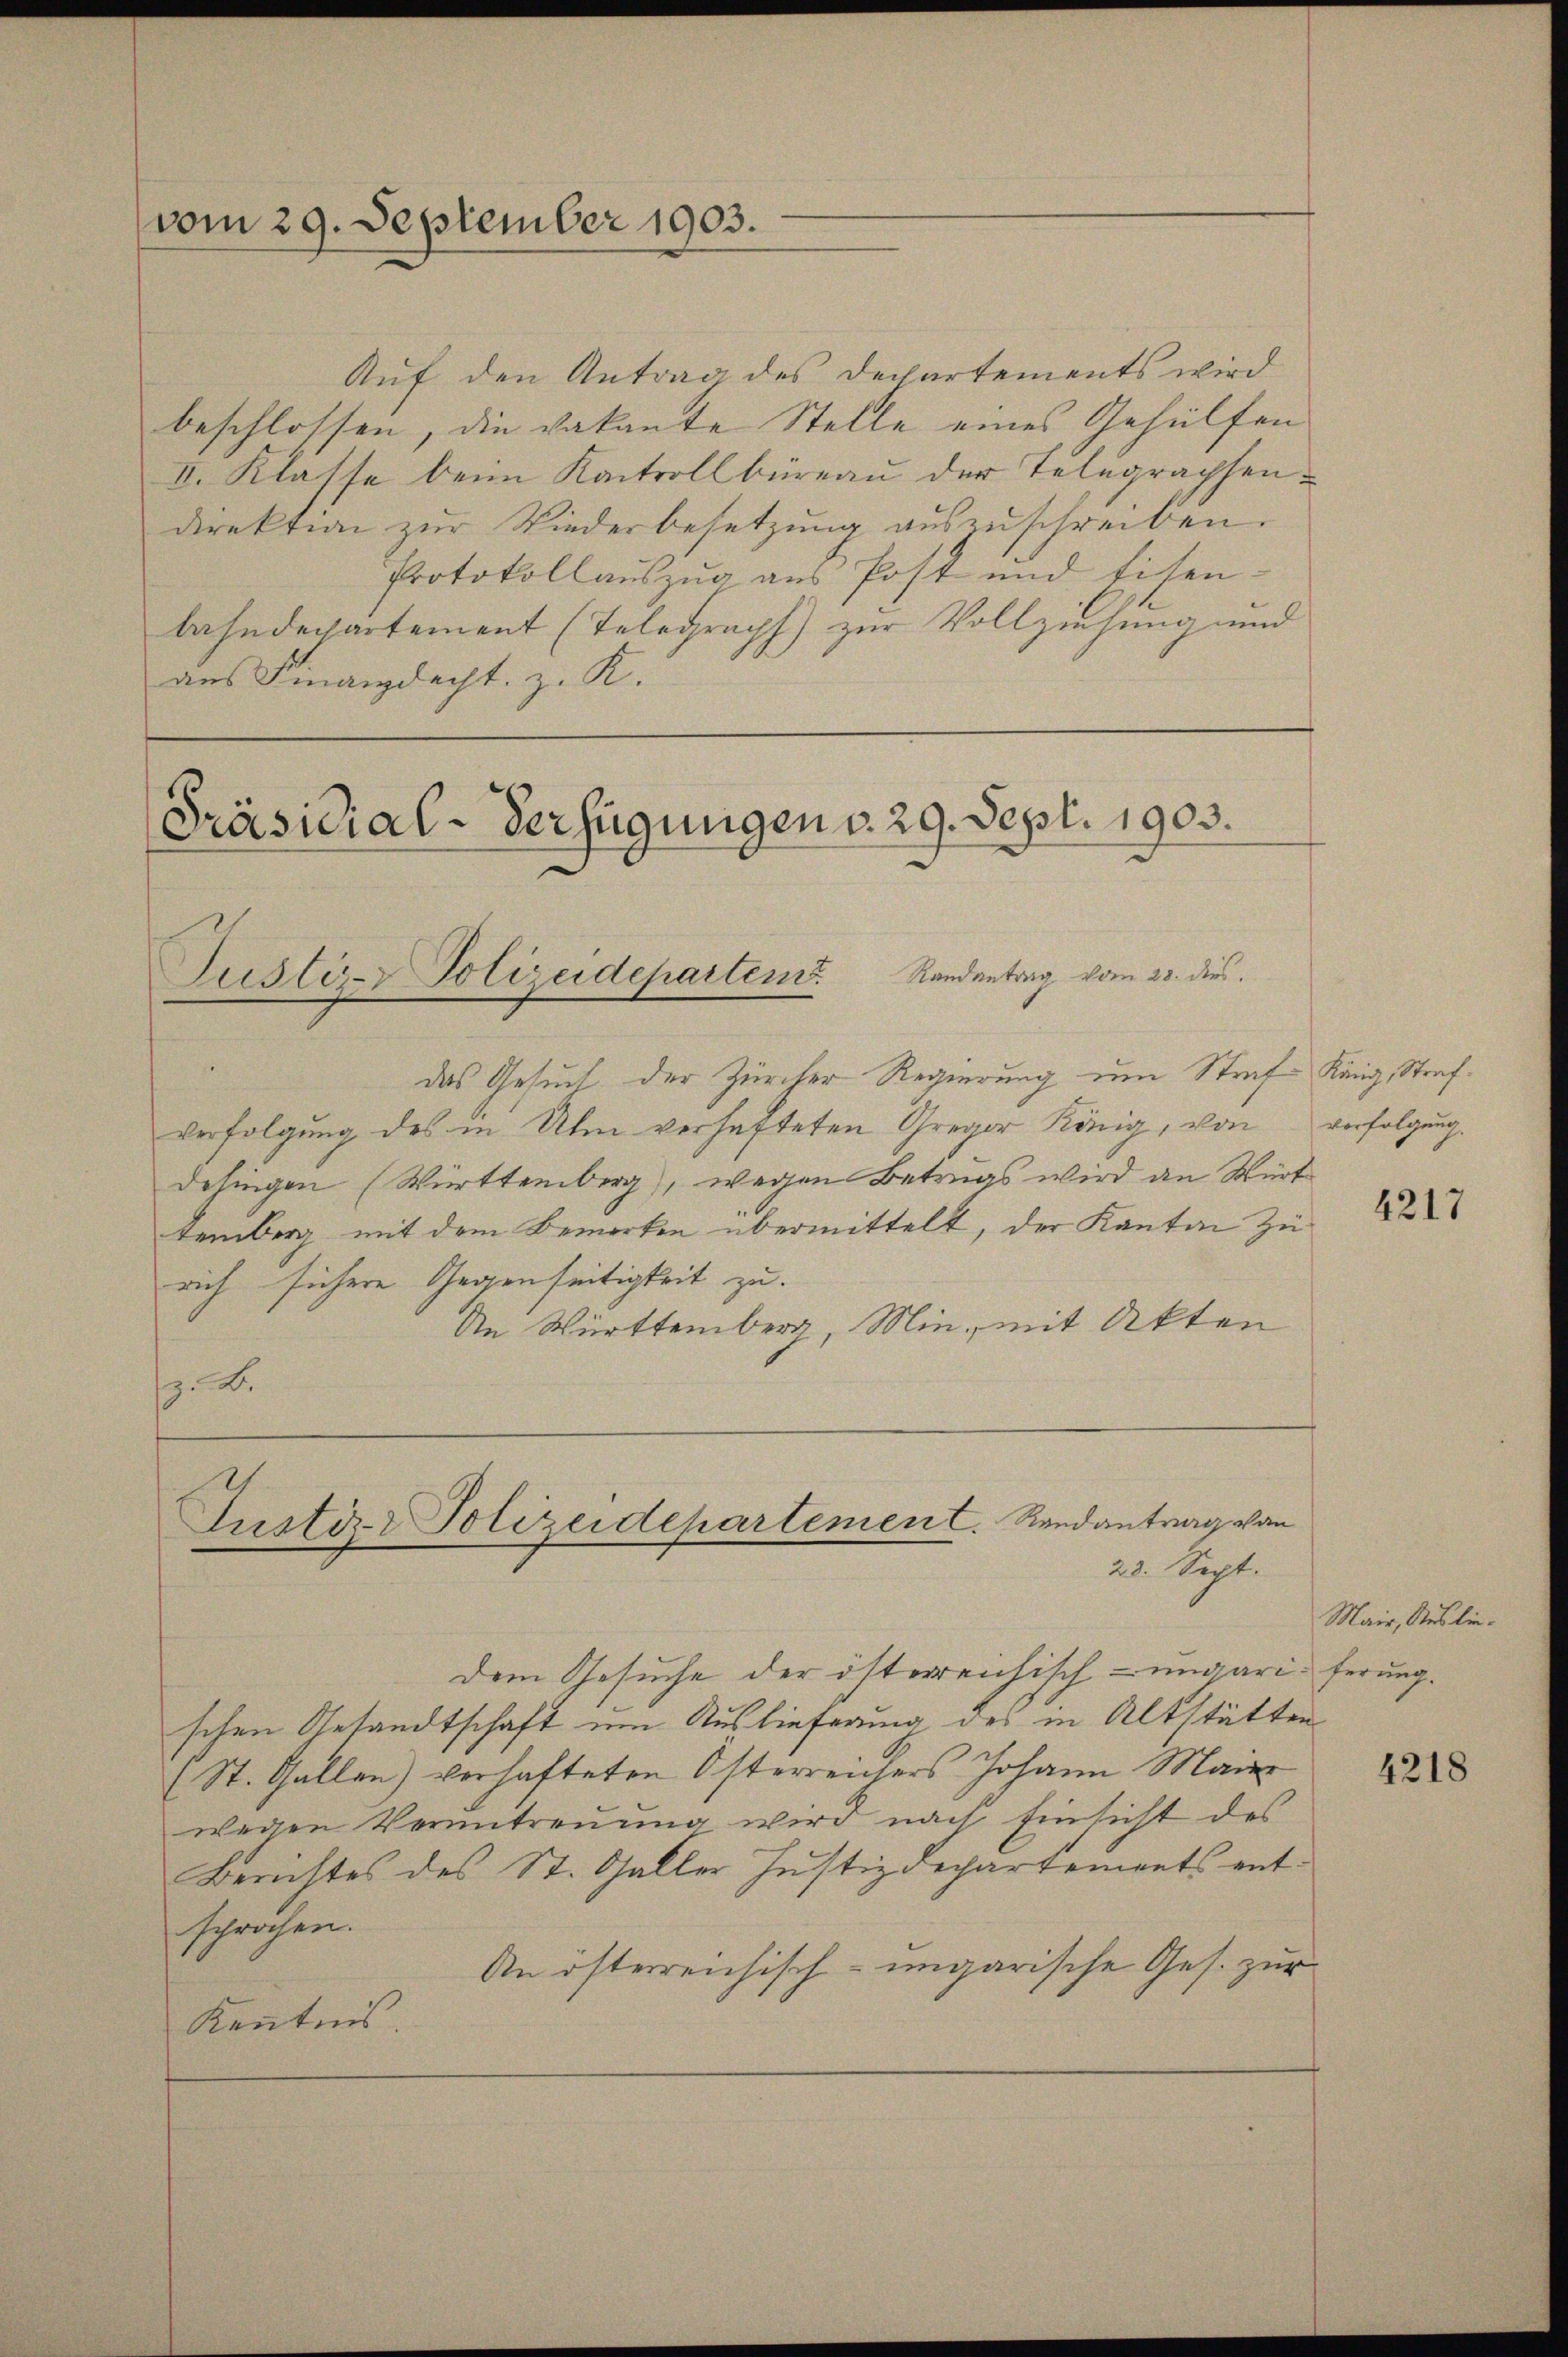
vom 29. September 1903.

Präsidial-Verfügungen v. 29. Sept. 1903.
Randantrag vom 28. dies.
Justiz- & Polizeidepartem

das Gesuch der Zürcher Regierung um Straf König, Strafverfolgung des in Ulm verhafteten Gregor König, von
Desingen (Württemberg), wegen Betrags wird an Würt
temberg mit dem Bemerken übermittelt, der Kanton zu
rich sichere Gegenseitigkeit zu.
An Württemberg, Min, mit Akten
. B.

Justiz- Polizeidepartement. Randantrag von
23. Sept.

Auf den Antrag des Dechartements wird
beschlossen, die vakante Stelle eines Gehülfen
II. Klasse beim Kantrollbüreau der Telegraphen-
direktion zur Wiederbesetzung auszuschreiben.
Protokollauszug aus Post und Eisen
bahndepartement (Telegraph) zur Vollziehung und
aus Finanzdecht, z. K.

Dem Gesuche der österreichisch-ungariferung.
schen Gesandtschaft um Auslieferung des in Altstätten
(St. Gallen) verhafteten Osterreichers Johann Maier
wegen Verantreuung wird nach Einsicht des
Berichtes des St. Galler Justizdepartements entsprochen.
An österreichisch-ungarische Ges. zur
Kenntnis.

verfolgung.

4217

Mair, Auslie¬

4218